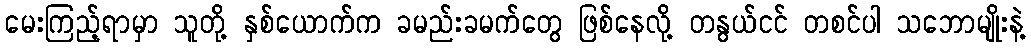
မေးကြည့်ရာမှာ သူတို့ နှစ်ယောက်က ခမည်းခမက်တွေ ဖြစ်နေလို့ တနွယ်ငင် တစင်ပါ သဘောမျိုးနဲ့